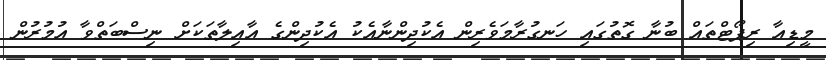
މީޑިއާ ރިޕޯޓްތައް ބުނާ ގޮތުގައި ހަނގުރާމަވެރިން އެކުދިންނާއެކު އެކުދިންގެ އާއިލާތަކަށް ނިސްބަތްވާ އުމުރުން